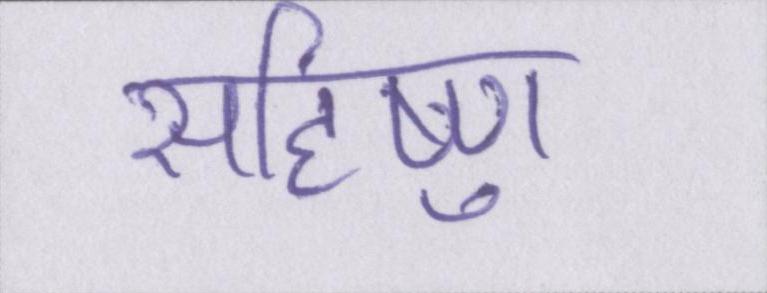
सहिष्णु